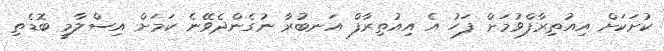
ކުށަކަށް އިއުތިރާފްވުމަށް ފަހު އެ އިއުތިރާފް އަނބުރާ ނުގެންދެވޭނެ ކަމަށް އިސްލާމީ ބޮޑެތި